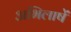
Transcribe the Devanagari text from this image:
अभिलाषें